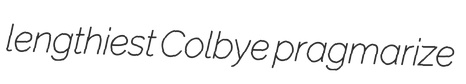
lengthiest Colbye pragmarize